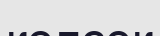
келсек